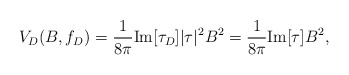
\begin{align*}V_D(B,f_D)=\frac{1}{8\pi}\hbox{Im}[\tau_D]|\tau|^2B^2=\frac{1}{8\pi}\hbox{Im}[\tau]B^2,\end{align*}